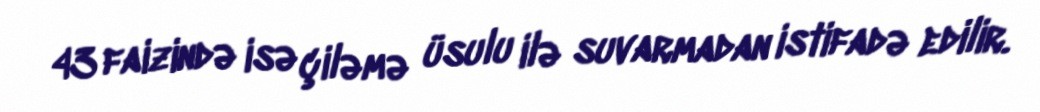
43 faizində isə çiləmə üsulu ilə suvarmadan istifadə edilir.